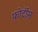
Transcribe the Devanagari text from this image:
फोर्टीस